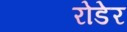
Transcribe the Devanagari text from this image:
रोडेर